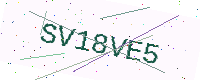
Text: SV18VE5